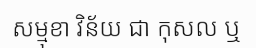
សម្មុខា វិន័យ ជា កុសល ឬ